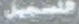
التسجیل